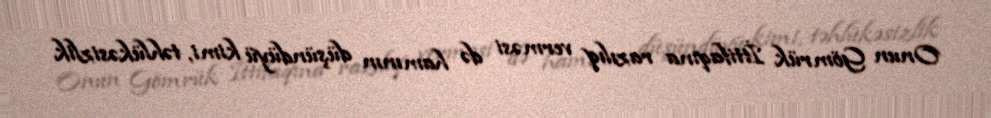
Onun Gömrük İttifaqına razılıq verməsi də hamının düşündüyü kimi, təhlükəsizlik